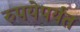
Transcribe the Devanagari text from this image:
रुपयेपर्यंत